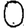
Digit: 0